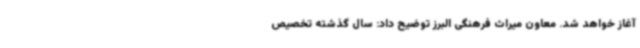
آغاز خواهد شد. معاون میراث فرهنگی البرز توضیح داد: سال گذشته تخصیص